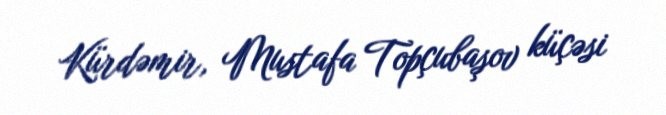
Kürdəmir, Mustafa Topçubaşov küçəsi